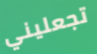
تجعليني